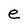
Character: e